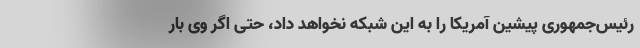
رئیس‌جمهوری پیشین آمریکا را به این شبکه نخواهد داد، حتی اگر وی بار